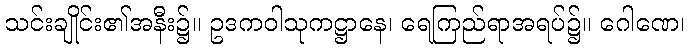
သင်းချိုင်း၏အနီး၌။ ဥဒကဝါသုကဋ္ဌာနေ၊ ရေကြည်ရာအရပ်၌။ ဂေါဏေ၊